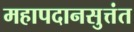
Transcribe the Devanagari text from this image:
महापदानसुत्तंत